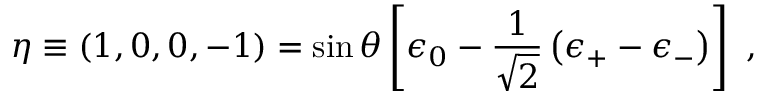
\eta \equiv ( 1 , 0 , 0 , - 1 ) = \sin \theta \left[ \epsilon _ { 0 } - { \frac { 1 } { \sqrt { 2 } } } \left( \epsilon _ { + } - \epsilon _ { - } \right) \right] \ ,